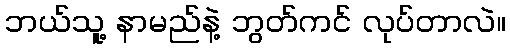
ဘယ်သူ့ နာမည်နဲ့ ဘွတ်ကင် လုပ်တာလဲ။